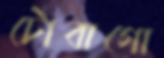
টোবাগো